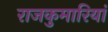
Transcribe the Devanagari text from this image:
राजकुमारियां